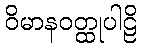
ဝိမာနဝတ္ထုပါဠိ